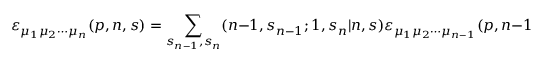
\varepsilon _ { \mu _ { 1 } \mu _ { 2 } \cdots \mu _ { n } } ( p , n , s ) = \sum _ { s _ { n - 1 } , s _ { n } } ( n - 1 , s _ { n - 1 } ; 1 , s _ { n } | n , s ) \varepsilon _ { \mu _ { 1 } \mu _ { 2 } \cdots \mu _ { n - 1 } } ( p , n - 1 , s _ { n - 1 } ) \varepsilon _ { \mu _ { n } } ( p , s _ { n } )